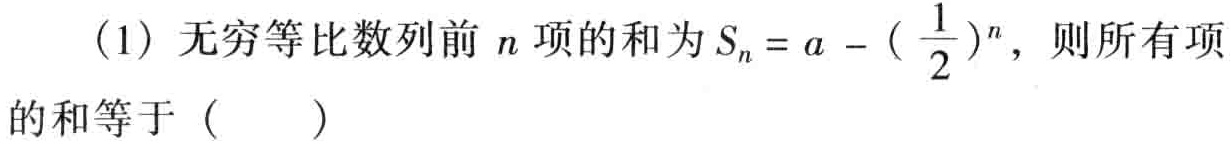
（1）无穷等比数列前\(n\)项的和为\(S_{n}=a - (\frac{1}{2})^{n}\)，则所有项的和等于（  ）